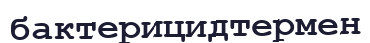
бактерицидтермен